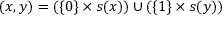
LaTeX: ( x , y ) = ( \{ 0 \} \times s ( x ) ) \cup ( \{ 1 \} \times s ( y ) )